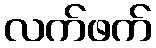
လက်ဖက်